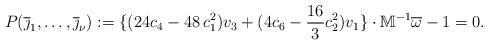
LaTeX: \begin{align*}P(\overline{\jmath}_1, \dots, \overline{\jmath}_{\nu}):=\{(24 c_4-48\,c_1^2) v_3+(4 c_6-\frac{16}{3} c_2^2) v_1\}\cdot \mathbb{M}^{-1}\overline{\omega}-1=0.\end{align*}